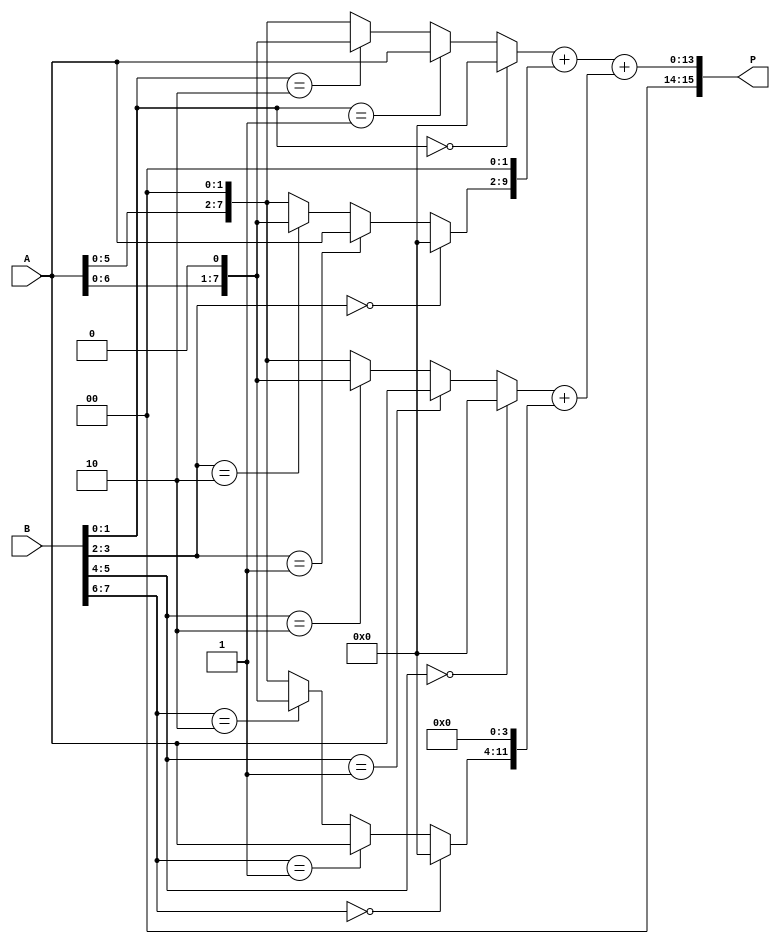
module radix4_multiplier #(parameter N = 8) (
    input [N-1:0] A,
    input [N-1:0] B,
    output [2*N-1:0] P
);
    wire [N-1:0] PP0, PP1, PP2, PP3;
    wire [2*N-1:0] S1, S2;

    // Generate partial products based on bits of B
    assign PP0 = (B[1:0] == 2'b00) ? 0 : (B[1:0] == 2'b01) ? A :
                 (B[1:0] == 2'b10) ? A << 1 : A << 2;

    assign PP1 = (B[3:2] == 2'b00) ? 0 : (B[3:2] == 2'b01) ? A :
                 (B[3:2] == 2'b10) ? A << 1 : A << 2;

    assign PP2 = (B[5:4] == 2'b00) ? 0 : (B[5:4] == 2'b01) ? A :
                 (B[5:4] == 2'b10) ? A << 1 : A << 2;

    assign PP3 = (B[7:6] == 2'b00) ? 0 : (B[7:6] == 2'b01) ? A :
                 (B[7:6] == 2'b10) ? A << 1 : A << 2;

    // Sum the partial products using carry-save approach
    // First stage of addition
    assign S1 = PP0 + (PP1 << 2); // PP0 and PP1
    assign S2 = PP2 + (PP3 << 4); // PP2 and PP3

    // Final stage of addition using ripple carry adder
    assign P = S1 + S2;

endmodule